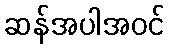
ဆန်အပါအဝင်